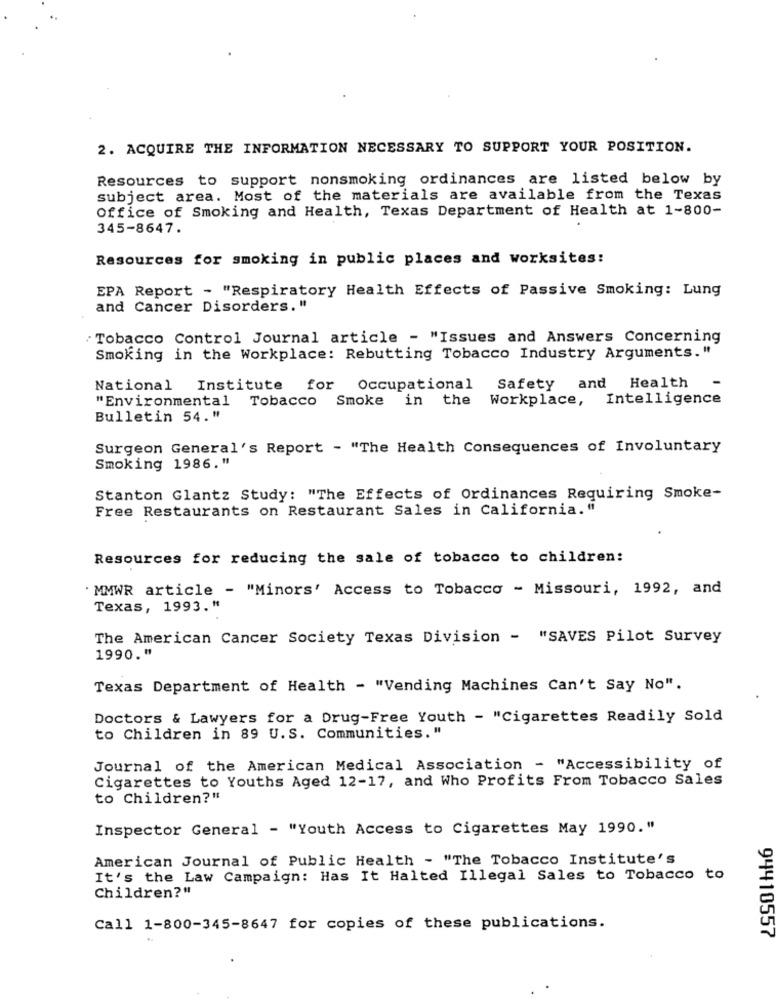
2. ACQUIRE THE INFORMATION NECESSARY TO SUPPORT YOUR POSITION.
Resources to support nonsmoking ordinances are listed below by
subject area. Most of the materials are available from the Texas
Office of Smoking and Health, Texas Department of Health at 1-800-
345-8647.
Resources for smoking in public places and worksites:
EPA Report - "Respiratory Health Effects of Passive Smoking: Lung
and Cancer Disorders. "
Tobacco Control Journal article - "Issues and Answers Concerning
Smoking in the Workplace: Rebutting Tobacco Industry Arguments."
National Institute for Occupational
Safety and Health
"Environmental Tobacco Smoke in the
Workplace, Intelligence
Bulletin 54."
Surgeon General's Report - "The Health Consequences of Involuntary
Smoking 1986."
Stanton Glantz Study: "The Effects of Ordinances Requiring Smoke-
Free Restaurants on Restaurant Sales in California."
Resources for reducing the sale of tobacco to children:
' MMWR article - "Minors' Access to Tobacco - Missouri, 1992, and
Texas, 1993. "
The American Cancer Society Texas Division - "SAVES Pilot Survey
1990."
Texas Department of Health - "Vending Machines Can't Say No".
Doctors & Lawyers for a Drug-Free Youth - "Cigarettes Readily Sold
to Children in 89 U.S. Communities."
Journal of the American Medical Association - "Accessibility of
Cigarettes to Youths Aged 12-17, and Who Profits From Tobacco Sales
to Children?"
Inspector General - "Youth Access to Cigarettes May 1990."
American Journal of Public Health - "The Tobacco Institute's
It's the Law Campaign: Has It Halted Illegal Sales to Tobacco to
Children?"
Call 1-800-345-8647 for copies of these publications.
94410557